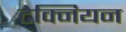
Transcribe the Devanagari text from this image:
टेक्नियन